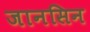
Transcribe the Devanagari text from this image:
जानसिन